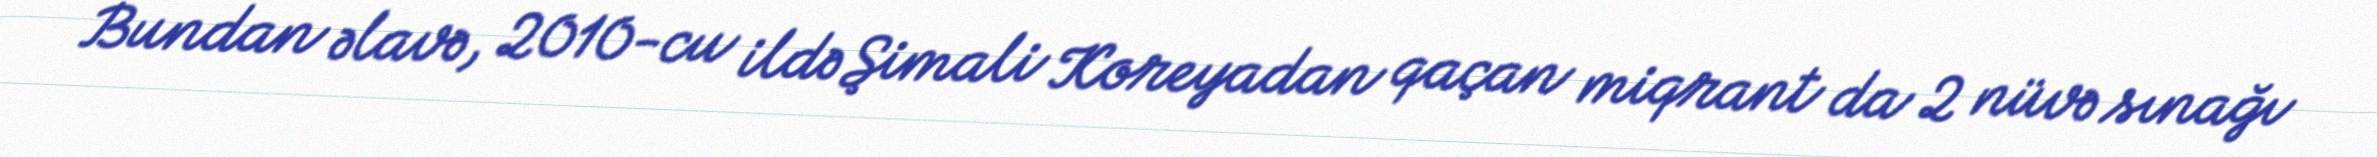
Bundan əlavə, 2010-cu ildə Şimali Koreyadan qaçan miqrant da 2 nüvə sınağı